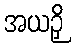
အယဉှိ